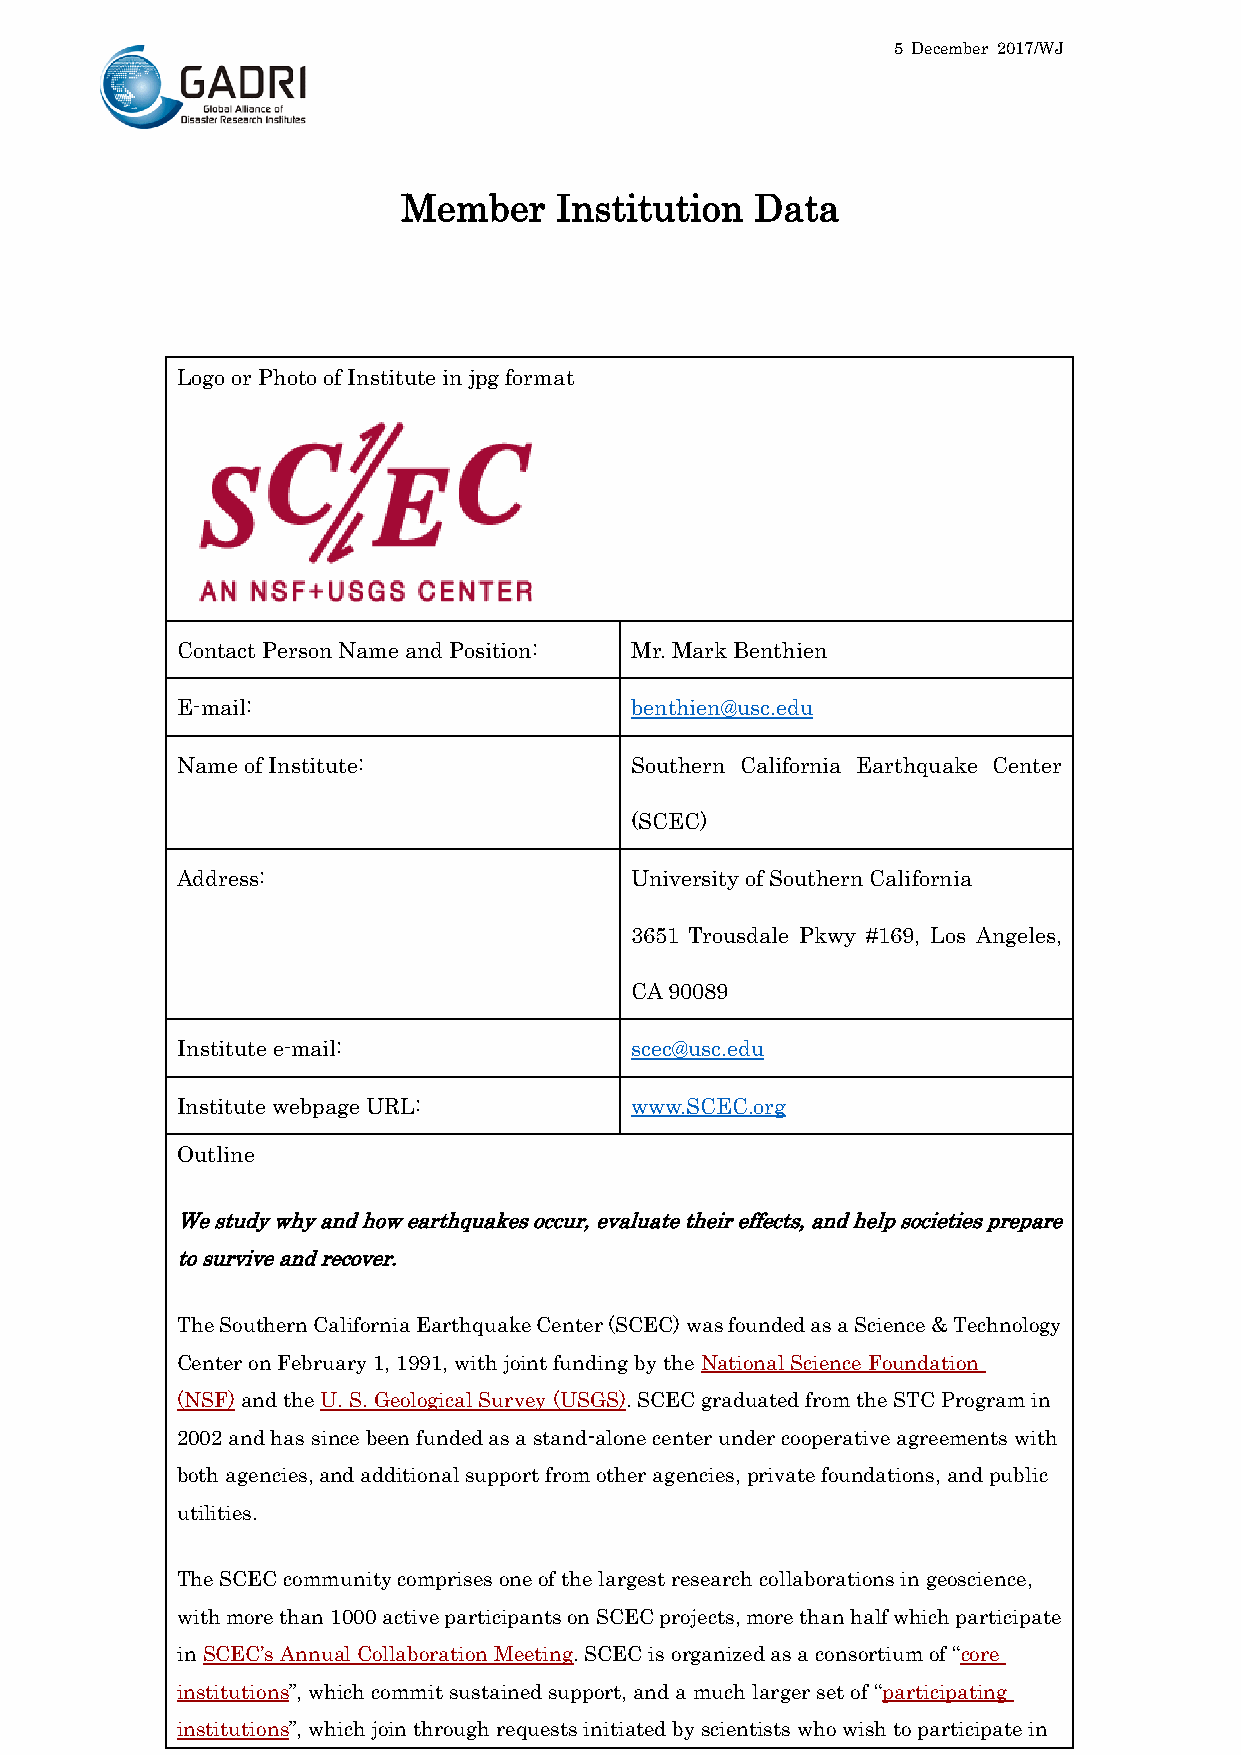
5 December 2017/WJ
 Member    Institution  Data
 Logo or Photo of Institute in jpg format
 Contact Person Name and Position: Mr. Mark Benthien
 E-mail:                       benthien@usc.edu
 Name of Institute:            Southern California Earthquake Center
 (SCEC)
 Address:                      University of Southern California
 3651 Trousdale Pkwy #169, Los Angeles,
 CA 90089
 Institute e-mail:             scec@usc.edu
 Institute webpage URL:        www.SCEC.org
 Outline
 We study why and how earthquakes occur, evaluate their effects, and help societies prepare
 to survive and recover.
 The Southern California Earthquake Center (SCEC) was founded as a Science & Technology
 Center on February 1, 1991, with joint funding by the National Science Foundation
 (NSF) and the U. S. Geological Survey (USGS). SCEC graduated from the STC Program in
 2002 and has since been funded as a stand-alone center under cooperative agreements with
 both agencies, and additional support from other agencies, private foundations, and public
 utilities.
 The SCEC community comprises one of the largest research collaborations in geoscience,
 with more than 1000 active participants on SCEC projects, more than half which participate
 in SCEC’s Annual Collaboration Meeting. SCEC is organized as a consortium of “core
 institutions”, which commit sustained support, and a much larger set of “participating
 institutions”, which join through requests initiated by scientists who wish to participate in